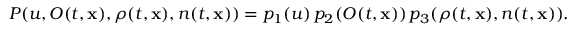
P ( u , O ( t , \mathbf { x } ) , \rho ( t , \mathbf { x } ) , n ( t , \mathbf { x } ) ) = p _ { 1 } ( u ) \, p _ { 2 } ( O ( t , \mathbf { x } ) ) \, p _ { 3 } ( \rho ( t , \mathbf { x } ) , n ( t , \mathbf { x } ) ) .